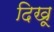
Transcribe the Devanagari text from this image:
दिखू